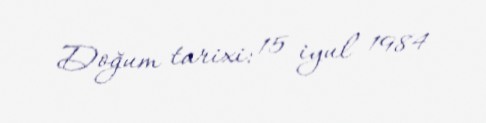
Doğum tarixi: 15 iyul 1984